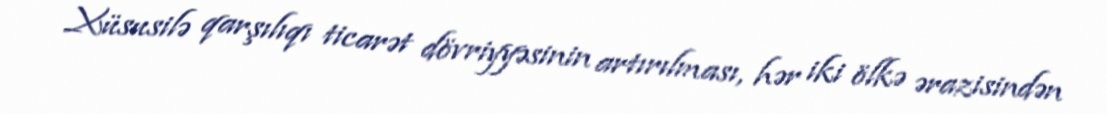
Xüsusilə qarşılıqı ticarət dövriyyəsinin artırılması, hər iki ölkə ərazisindən